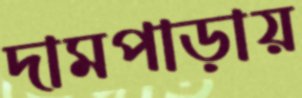
দামপাড়ায়